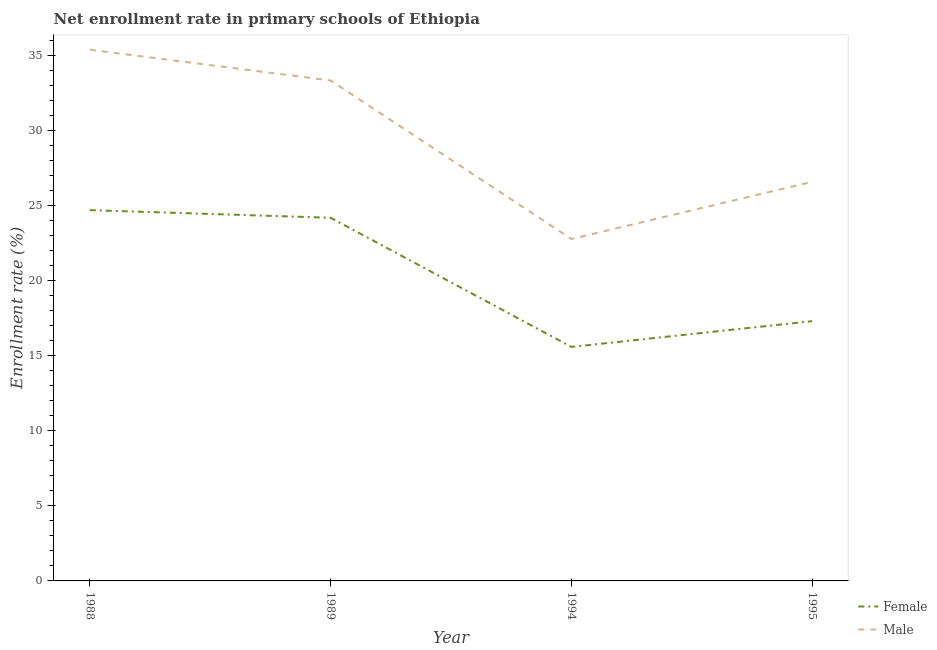
| Year | Female | Male |
 | --- | --- | --- |
 | 1988 | 24.7 | 35.4 |
 | 1989 | 24.2 | 33.3 |
 | 1994 | 15.6 | 22.8 |
 | 1995 | 17.3 | 26.6 |